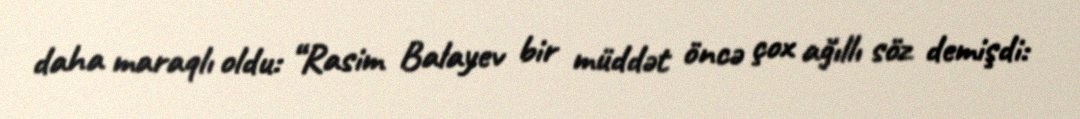
daha maraqlı oldu: “Rasim Balayev bir müddət öncə çox ağıllı söz demişdi: